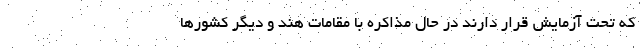
که تحت آزمایش قرار دارند در حال مذاکره با مقامات هند و دیگر کشورها